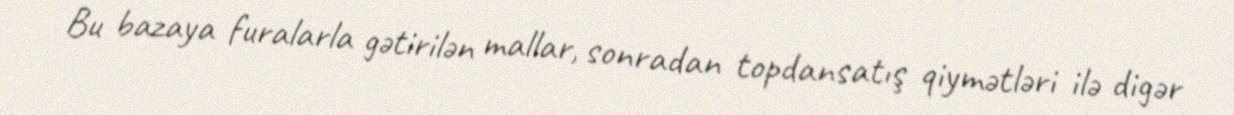
Bu bazaya furalarla gətirilən mallar, sonradan topdansatış qiymətləri ilə digər